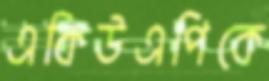
একিউএপিকে